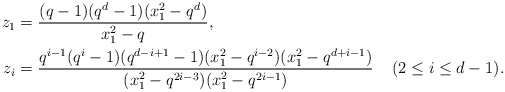
\begin{align*} z_1 &= \frac{(q-1)(q^d-1)(x_1^2 - q^d)} {x_1^2 - q}, \\ z_i &= \frac{ q^{i-1}(q^i-1)(q^{d-i+1}-1)(x_1^2 - q^{i-2})(x_1^2 - q^{d+i-1})} {(x_1^2 - q^{2i-3})(x_1^2 - q^{2i-1})} && (2 \leq i \leq d-1). \end{align*}